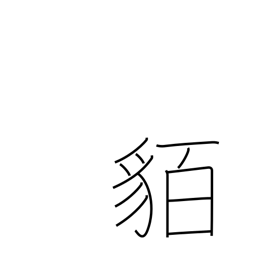
Meaning: barbarians